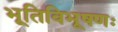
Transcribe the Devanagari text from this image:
भूतिविभूषणः